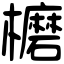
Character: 𣟖